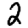
Digit: 2